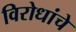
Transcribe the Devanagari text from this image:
विरोधांचे